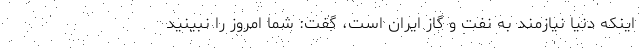
اینکه دنیا نیازمند به نفت و گاز ایران است، گفت: شما امروز را نبینید